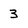
Character: 3